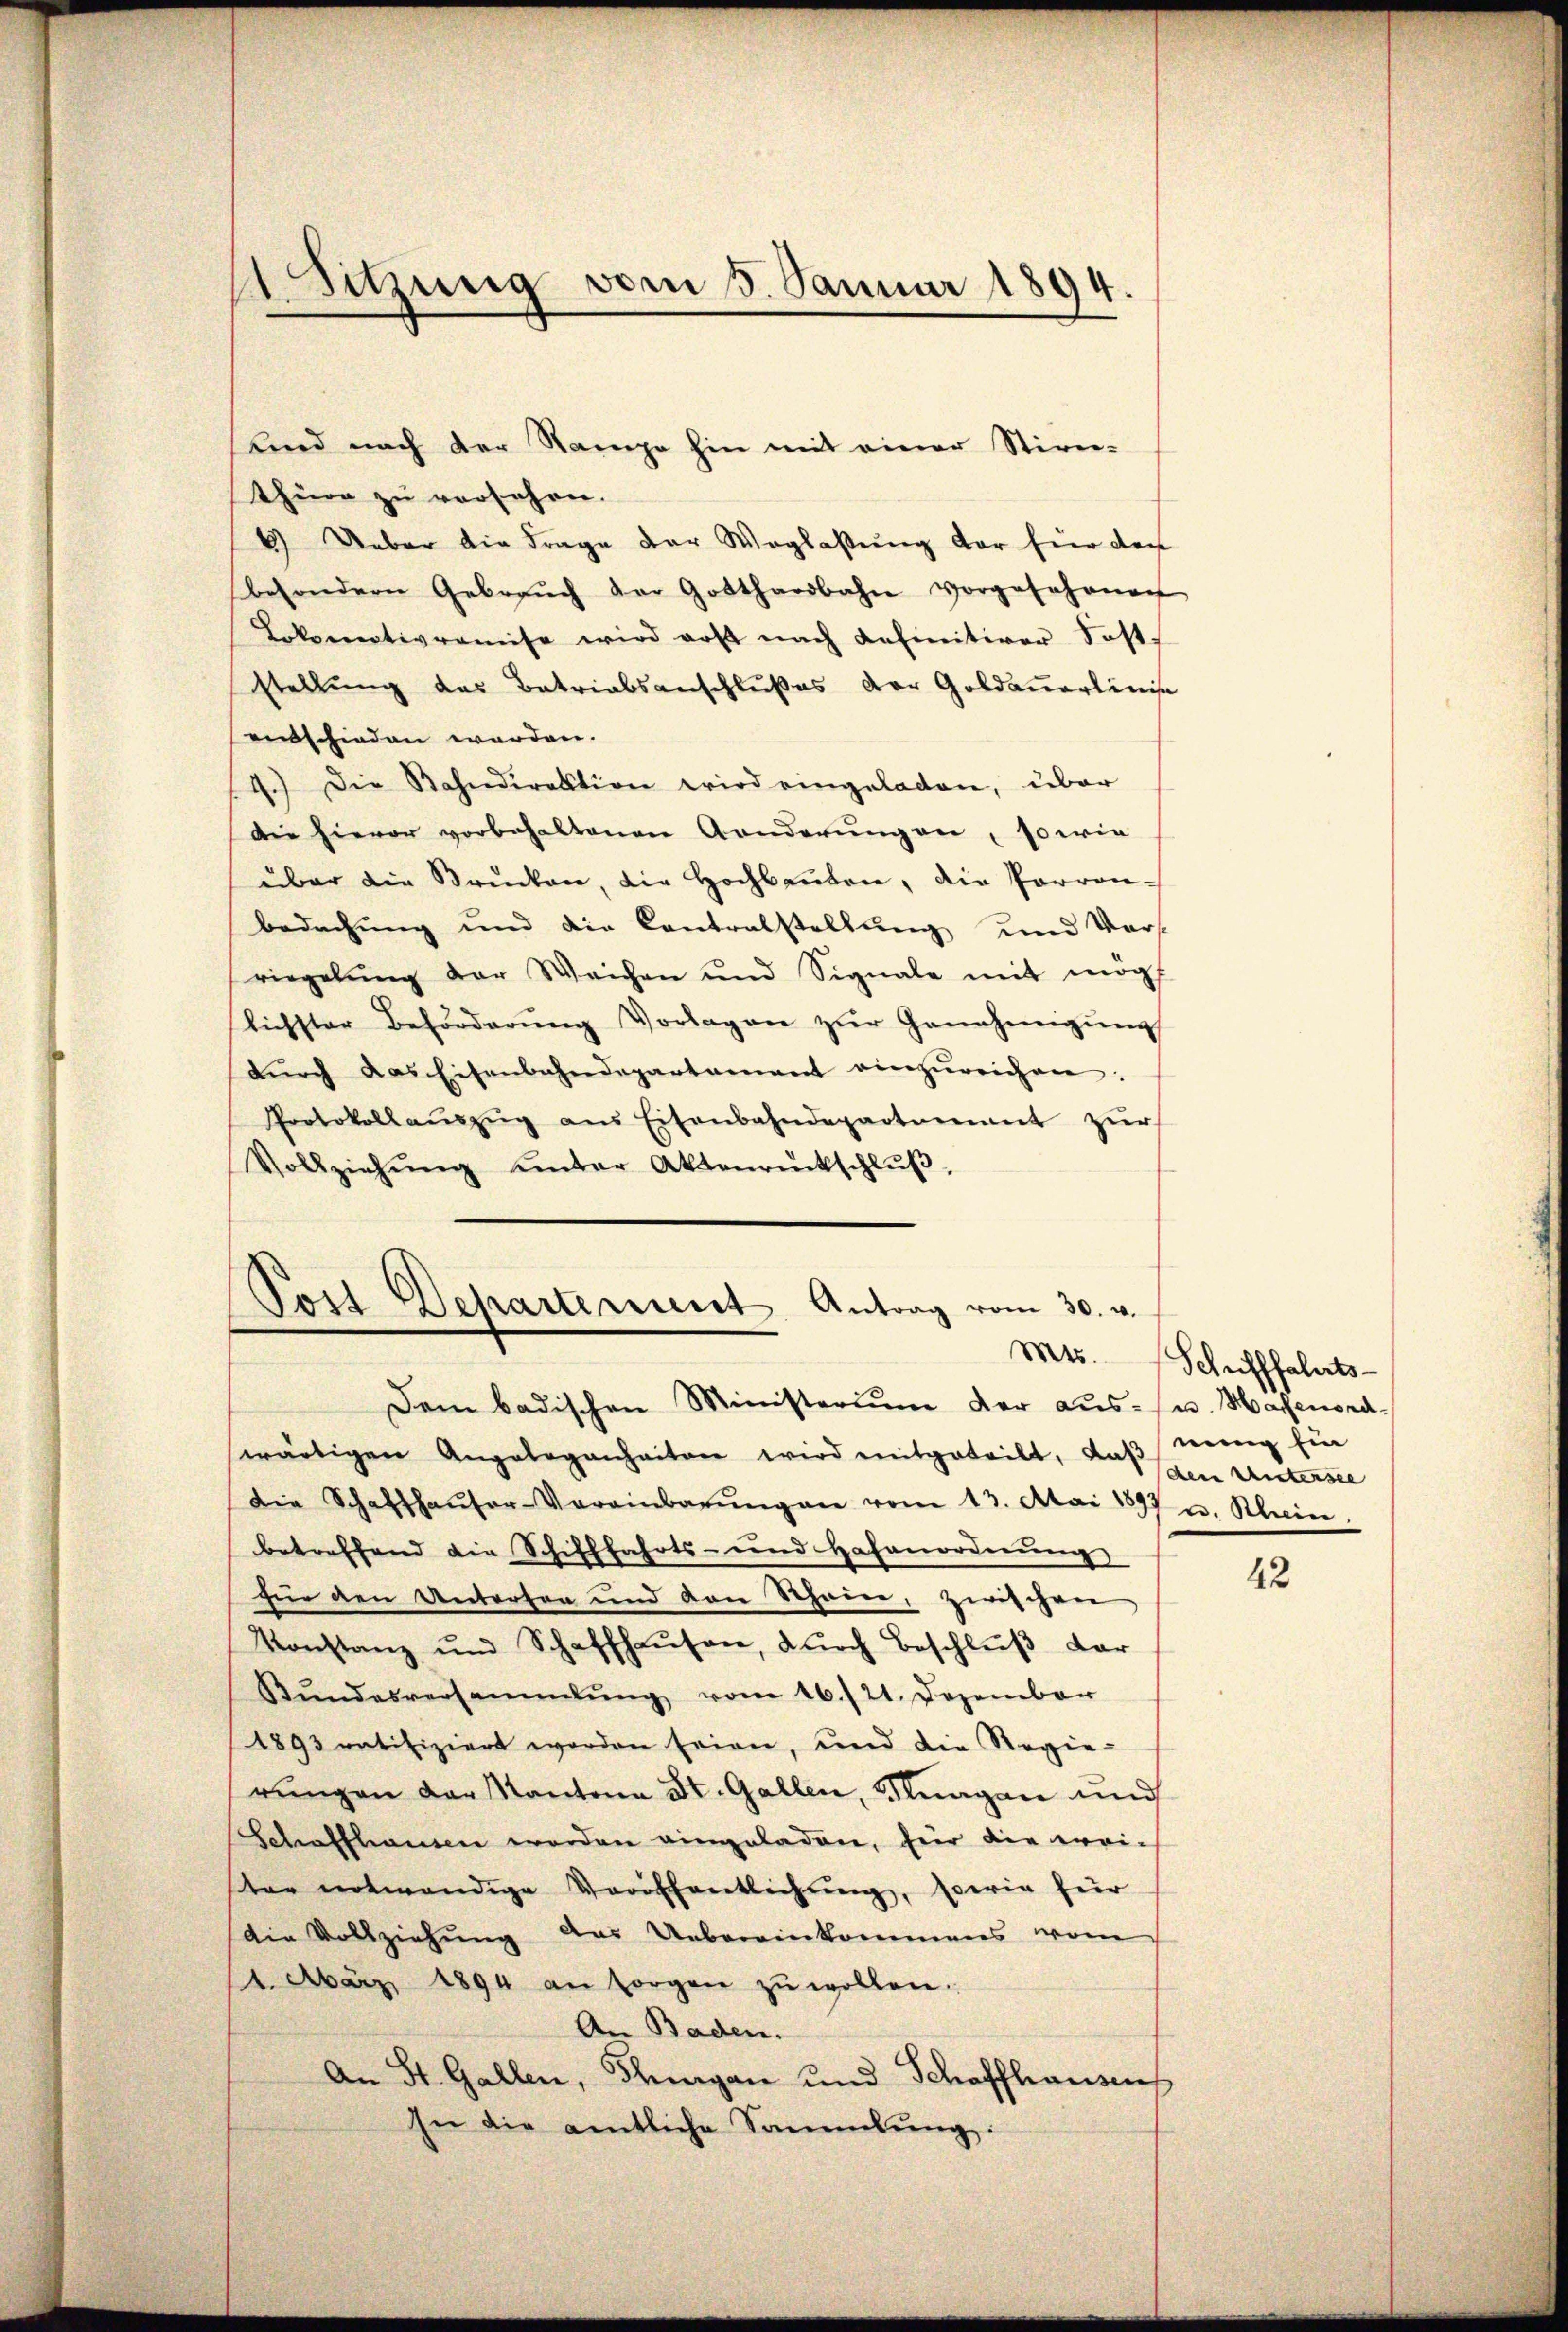
1 Sitzung vom 5. Januar 1894.

thüre zu versehen.
6) Ueber die Frage der Weglaßung vor für den
besondern Gebraŭch der Gotthardbahn vorgesehenen
Lokomotivramise wird erst nach definitiver Fast-
stellung des Betriabsanschlußes der Goldauerlinis
entschieden werden.
4.) Die Bahndirektion wird eingeladen, über
die hievor vorbehaltenen Aenderŭng an, sowie
über die Brücken, die Hochbauten, die Parronbedachung und die Contralstellung und Vers-
riegelŭng der Weichen und Signale mit mögt
lichster Beförderŭng Vorlagen zŭr Genehmigŭng
dŭrch das Eisenbahndepartamant einzŭreichen.
Protokollaŭszŭg aŭs Eisenbahndepartement zŭr
Vollziehŭng ŭnter Aktenrückschlŭβ,

Lind nach der Stampe hin mit einer Stirn-

Post Departement Antrag vom 30. v.

Dem badischen Ministerium der aŭs- u. Maienordwärtigen Angelegenheiten wird mitgeteilt, dassen Untersee
Die Schaffhaŭser-Vereinbarŭng an vom 13. Mai 1897 u. Rhein
betreffend die Schifffahrts- und Hafenordnung
für den Antorten und von Schauer, zwischen
Konstanz und Schaffhaŭsen, dŭrch Beschlŭβ der
Bŭndesversammlung vom 16./21. Dezember
1893 ratifiziert worden seien, und die Regie-
rŭngen der Kantona Dr. Gallen, Stragen und
Schaffhausen worden eingeladen, für die weister notwendige Veröffentlichung, sowie für
die Vollziehung das Uebereinkommens vom
1. März 1894 an sorgen zŭ wollen.
An Baden.
An St. Gallen, Thurgan und Schaffhausen,
In die amtliche Sammlung:

Mts. Schrifffahrts-
nung Ein

42